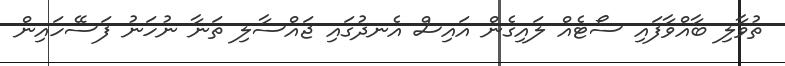
ތުވާލި ބާއްވާފައި ސޯޓެއް ލައިގެން އައިސް އެނދުގައި ޖައްސާލި ތަނާ ނުހަނު ފަސޭހައިން